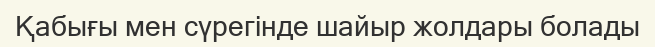
Қабығы мен сүрегінде шайыр жолдары болады